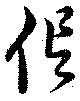
信